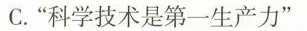
C.”科学技术是第一生产力”